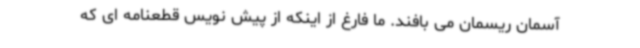
آسمان ریسمان می بافند. ما فارغ از اینکه از پیش نویس قطعنامه ای که